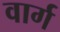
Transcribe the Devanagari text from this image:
वार्ग